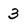
Character: 3